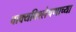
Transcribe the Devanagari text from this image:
वाक्यविश्लेषणाच्या